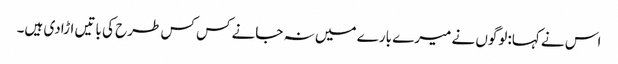
اس نے کہا:لوگوں نے میرے بارے میں نہ جانے کس کس طرح کی باتیں اڑادی ہیں۔